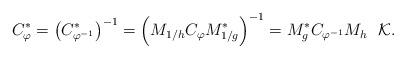
\begin{align*}C_{\varphi}^{*} = \big(C_{\varphi^{-1}}^{*}\big)^{-1} = \Big(M_{1/h}C_{\varphi}M^{*}_{1/g}\Big)^{-1} = M^{*}_{g}C_{\varphi^{-1}}M_{h} \ \ \mathcal{K}.\end{align*}